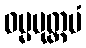
ဓမ္မမုတ္တမံ